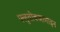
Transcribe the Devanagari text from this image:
फ्लुवोक्जामाइन